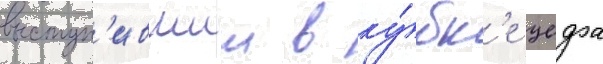
выступ'ившии в ку́бк'е уефа